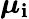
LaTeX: \boldsymbol{\mu}_{\mathbf{i}}